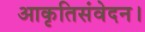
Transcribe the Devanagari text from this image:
आकृतिसंवेदन।